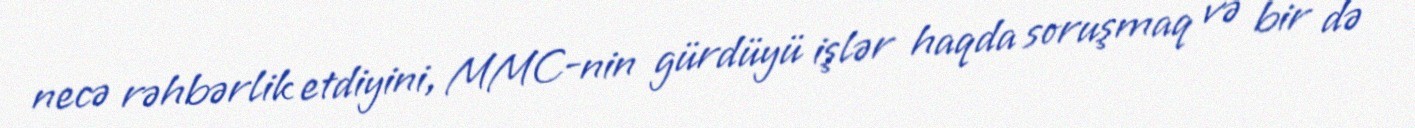
necə rəhbərlik etdiyini, MMC-nin gürdüyü işlər haqda soruşmaq və bir də